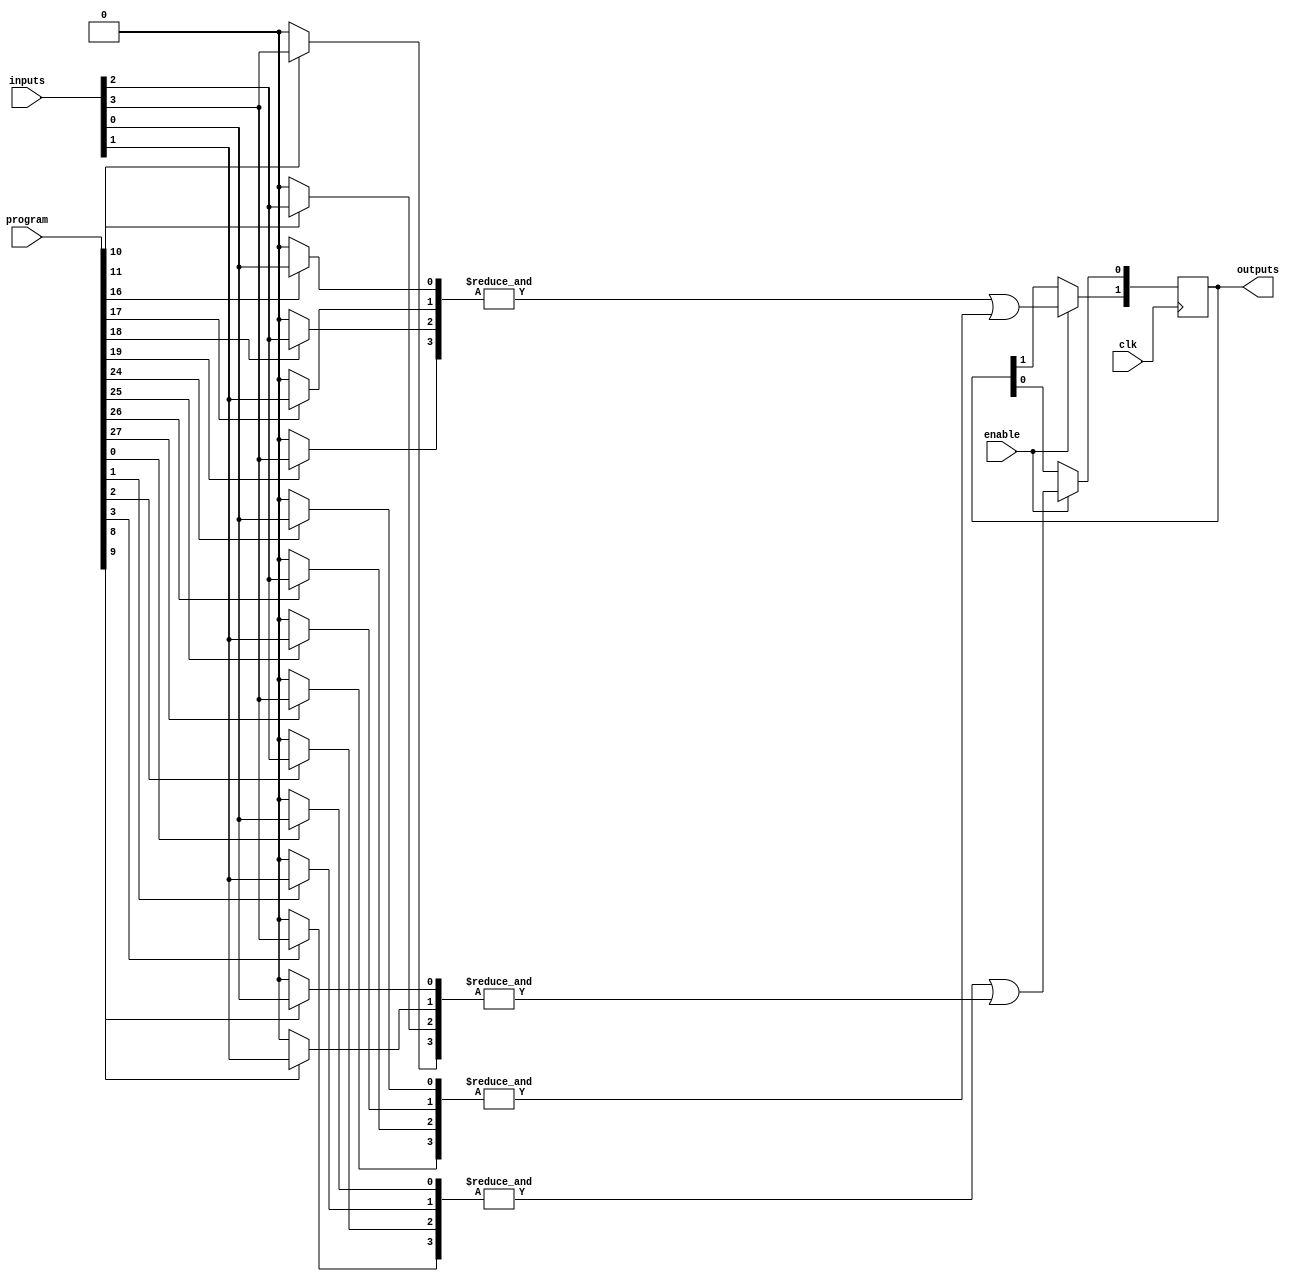
module FusedPAL #(
    parameter NUM_INPUTS = 8,       // Number of input lines
    parameter NUM_AND_GATES = 4,     // Number of programmable AND gates
    parameter NUM_OR_GATES = 2,      // Number of fixed OR gates
    parameter AND_GATE_WIDTH = 4      // Number of inputs per AND gate
)(
    input wire [NUM_INPUTS-1:0] inputs, // Input lines
    input wire [NUM_AND_GATES*NUM_INPUTS-1:0] program, // Programming connections
    input wire clk,                       // Clock signal
    input wire enable,                    // Enable signal for programming
    output reg [NUM_OR_GATES-1:0] outputs // Output lines
);

// Internal wires for AND gate outputs
wire [NUM_AND_GATES-1:0] and_outputs [0:AND_GATE_WIDTH-1];

// Programmable AND gates
genvar i, j;
generate
    for (i = 0; i < NUM_AND_GATES; i = i + 1) begin : and_gate
        wire [AND_GATE_WIDTH-1:0] and_inputs;
        for (j = 0; j < AND_GATE_WIDTH; j = j + 1) begin : input_select
            assign and_inputs[j] = program[(i * NUM_INPUTS) + j] ? inputs[j] : 1'b0;
        end
        assign and_outputs[i] = &and_inputs; // AND operation
    end
endgenerate

// Fixed OR gates
always @(posedge clk) begin
    if (enable) begin
        // Fixed connections for OR gates
        outputs[0] <= and_outputs[0] | and_outputs[1]; // OR gate 1
        outputs[1] <= and_outputs[2] | and_outputs[3]; // OR gate 2
    end
end

endmodule